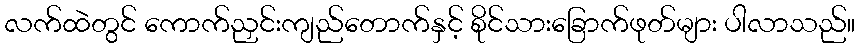
လက်ထဲတွင် ကောက်ညှင်းကျည်တောက်နှင့် စိုင်သားခြောက်ဖုတ်များ ပါလာသည်။